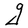
Character: g